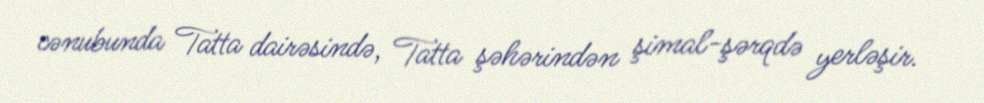
cənubunda Tatta dairəsində, Tatta şəhərindən şimal-şərqdə yerləşir.